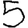
Digit: 5